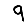
Digit: 9